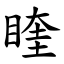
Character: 睳